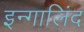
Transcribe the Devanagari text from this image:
इन्गालिंद